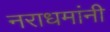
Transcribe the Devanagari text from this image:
नराधमांनी